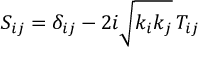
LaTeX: S _ { i j } = \delta _ { i j } - 2 i \sqrt { k _ { i } k _ { j } } \, T _ { i j }